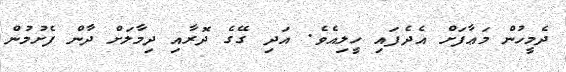
ދެމީހުން މަޢާފަށް އެދެފައި ހީލިއެވެ. އަދި ގޭގެ ދޮރާއި ދިމާލަށް ދާން ފެށުމުން